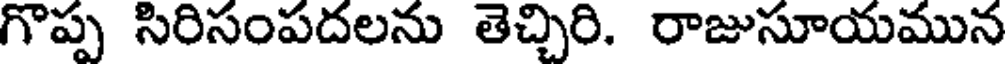
గొప్ప సిరిసంపదలను తెచ్చిరి. రాజుసూయమున